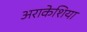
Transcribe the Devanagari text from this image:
अराकेशिया